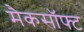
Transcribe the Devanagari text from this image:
मैकसॉफ्ट